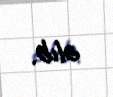
alıb.